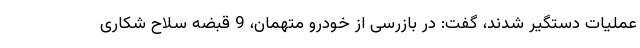
عملیات دستگیر شدند، گفت: در بازرسی از خودرو متهمان، 9 قبضه سلاح شکاری